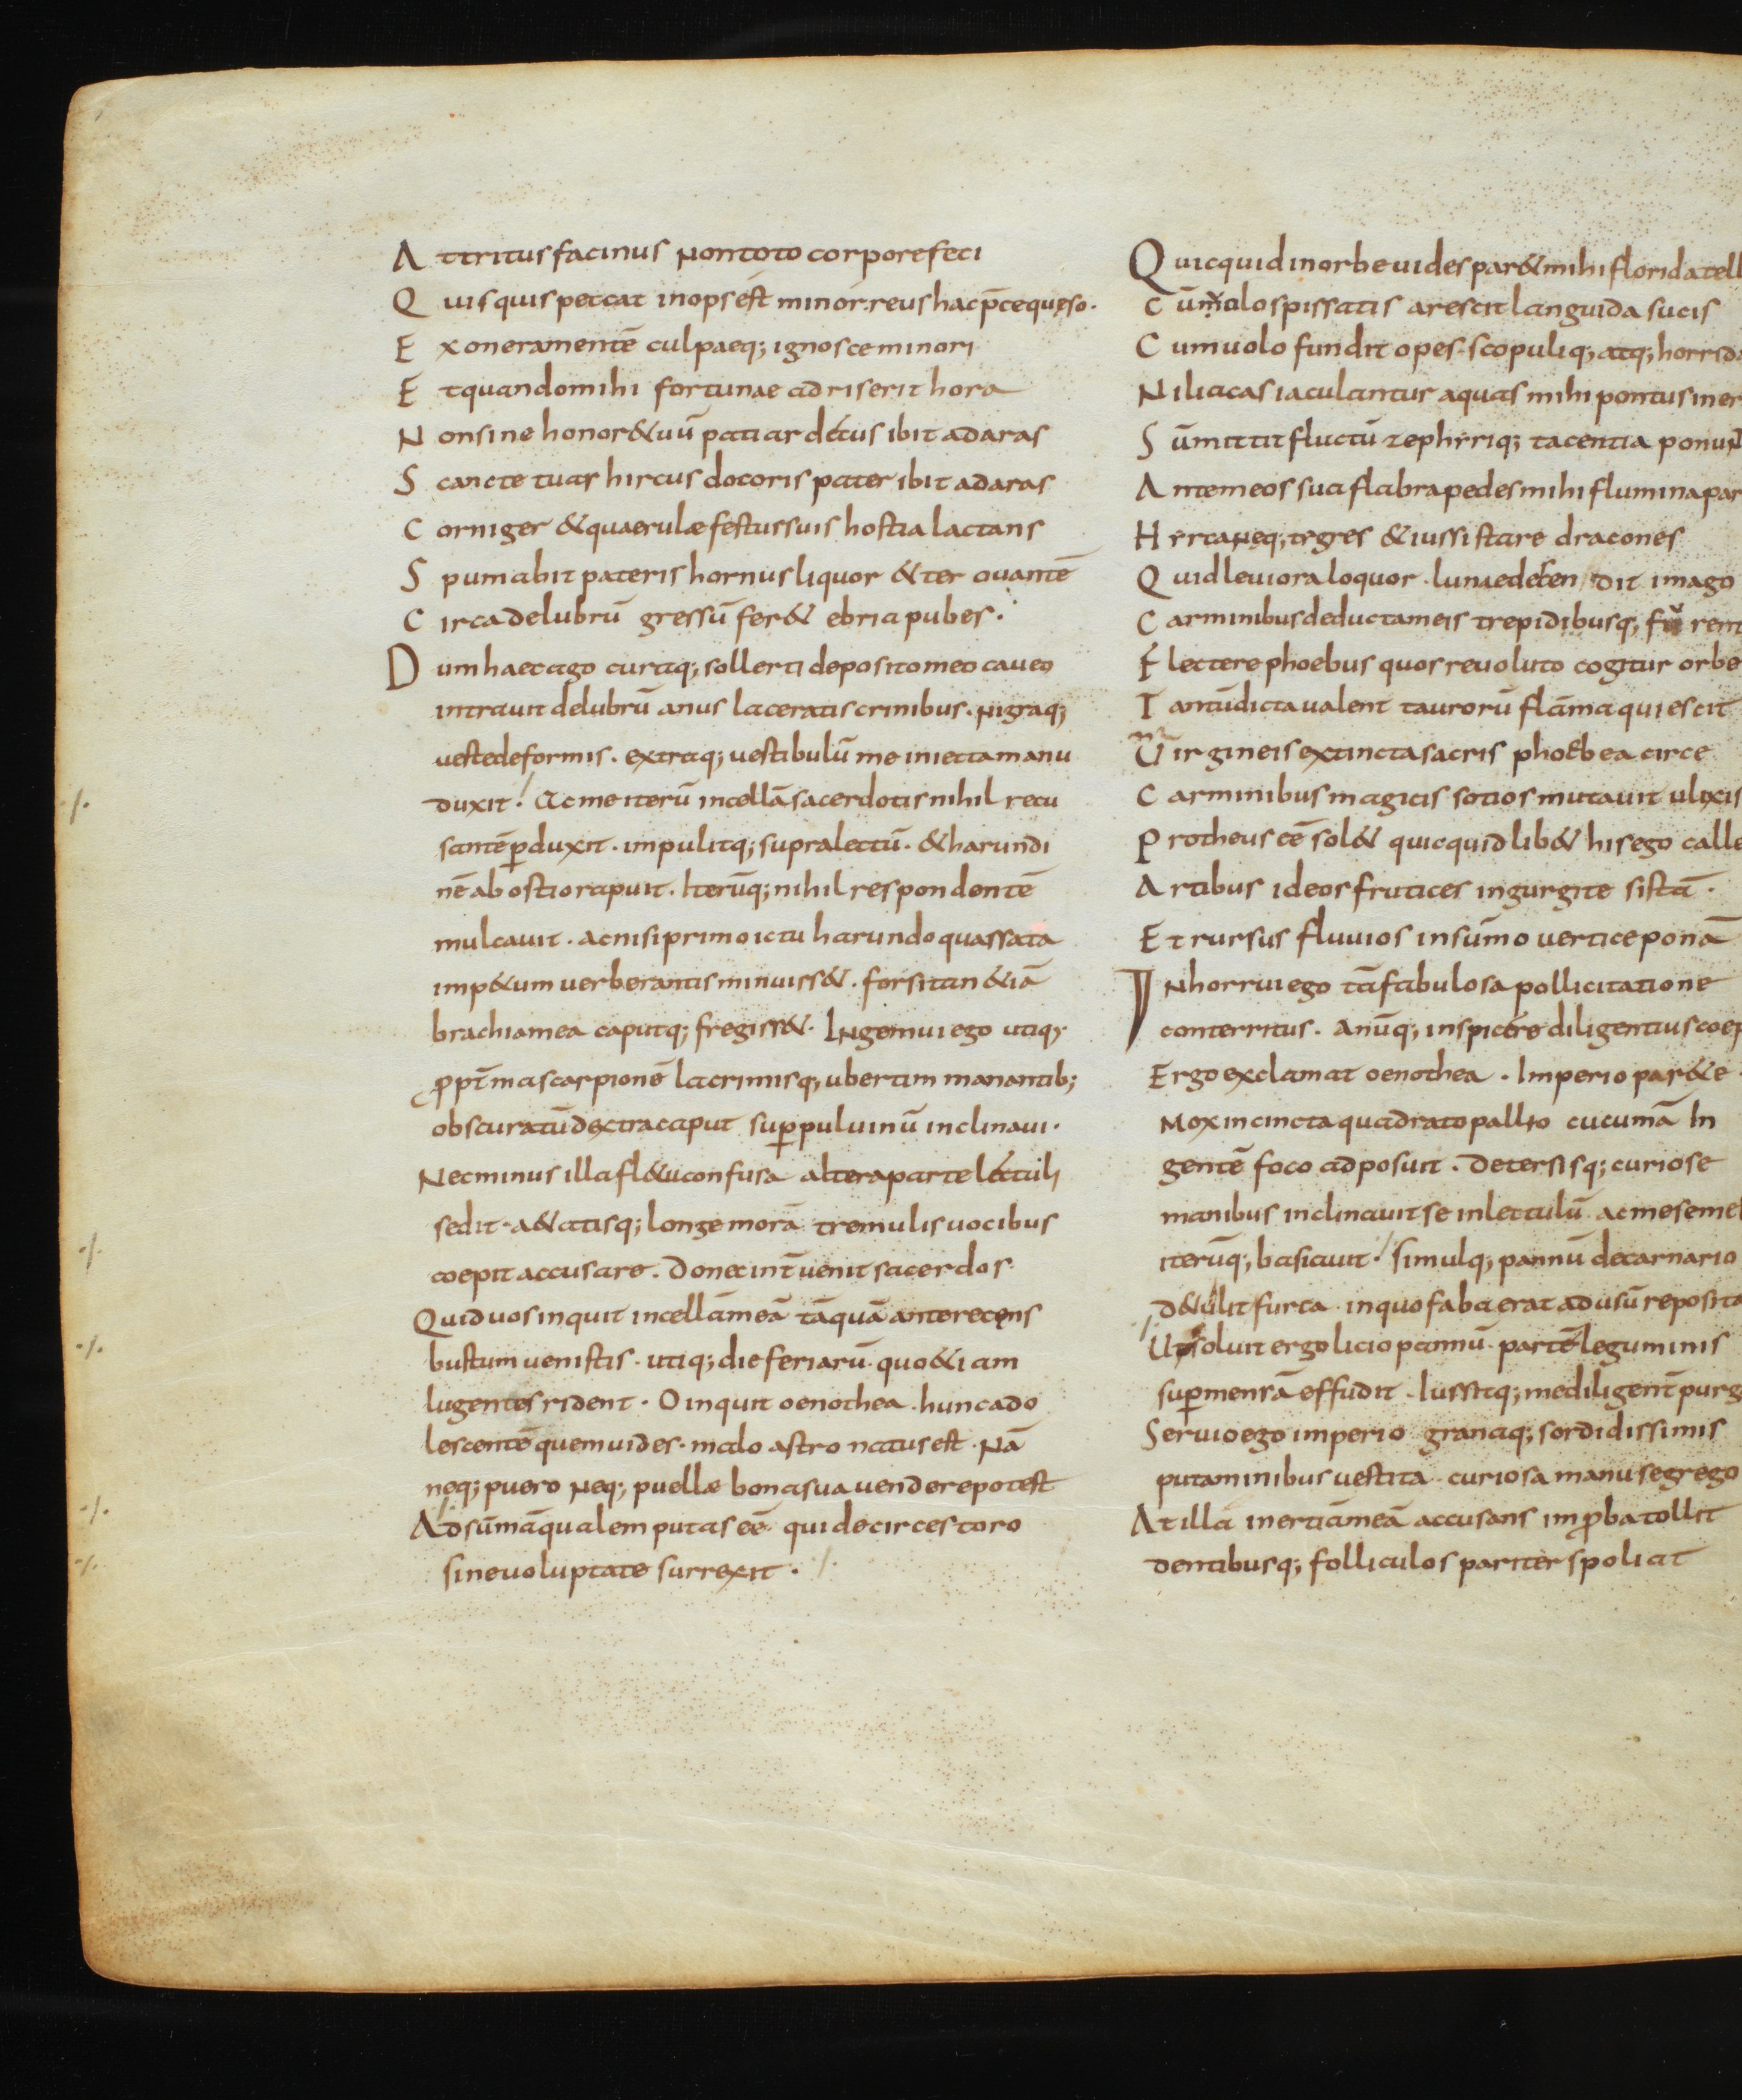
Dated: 850–899